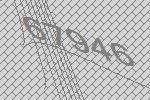
67946